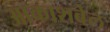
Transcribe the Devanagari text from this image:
आकाशबेल